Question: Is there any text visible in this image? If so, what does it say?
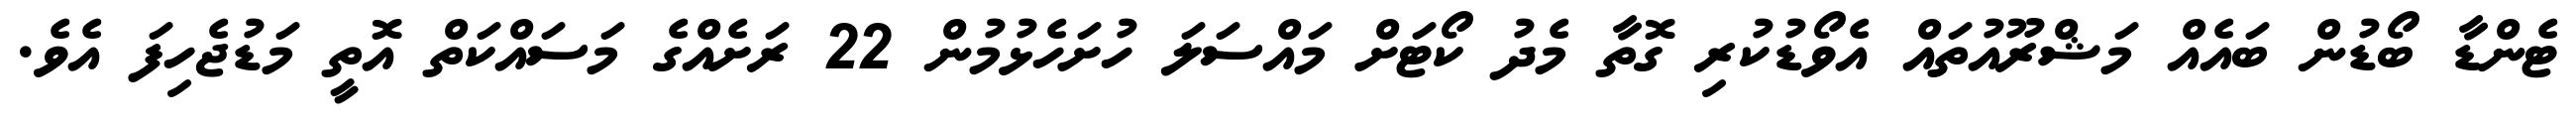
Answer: ޓެންޑާ ބޯޑުން ބައެއް މަޝްރޫއުތައް އެވޯޑުކުރި ގޮތާ މެދު ކޯޓަށް މައްސަލަ ހުށަހެޅުމުން 22 ރަށެއްގެ މަސައްކަތް އޮތީ މަޑުޖެހިފަ އެވެ.